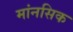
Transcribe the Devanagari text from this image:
मांनसिक